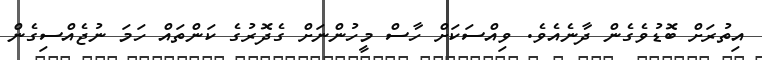
އިތުރަށް ބޮޑުވެގެން ދާނެއެވެ. ވިއްސަކަށް ހާސް މީހުންނަށް ގެދޮރުގެ ކަންތައް ހަމަ ނުޖެއްސިގެން